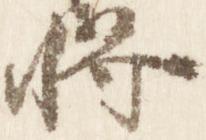
将